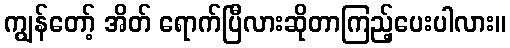
ကျွန်တော့် အိတ် ရောက်ပြီလားဆိုတာကြည့်ပေးပါလား။